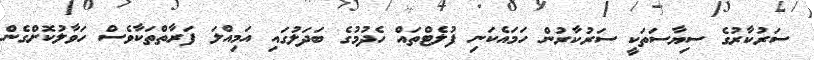
ސަރުކާރުގެ ސިޔާސަތަކީ ސަރުކާރުން ހަމައެކަނި ފުލެޓްތައް ހެދުމުގެ ބަދަލުގައި އަމިއްލަ ފަރާތްތަކާވެސް ހަވާލުކޮށްގެން